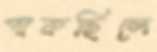
পাকছিলে